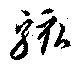
駭